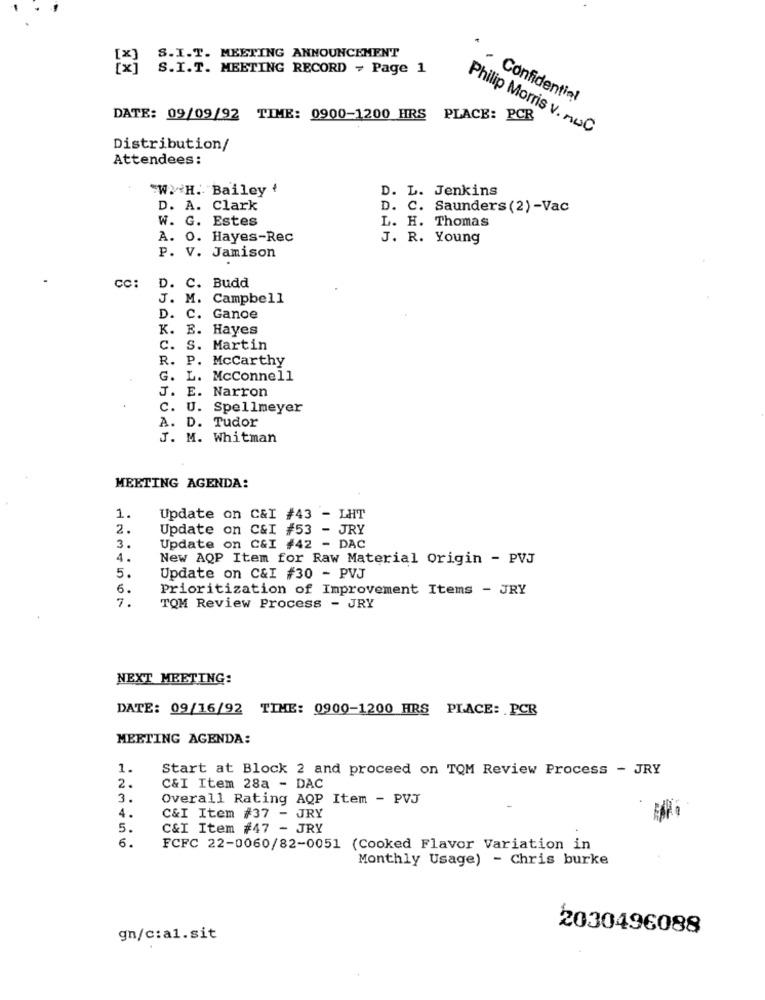
S.I.T. MEETING ANNOUNCEMENT
S.I.T. MEETING RECORD - Page 1
· Confidentiel
DATE: 09/09/92 TIME: 0900-1200 HRS PLACE: PCR
Philip Morris v. muC
Distribution/
Attendees:
"W. H. Bailey {
D. L. Jenkins
D. A. Clark
D. C. Saunders (2)-Vac
W. G. Estes
L. H. Thomas
A. 0. Hayes-Rec
J. R. Young
P. V. Jamison
CC:
D. C. Budd
J. M. Campbell
D. C. Gance
K. E. Hayes
C. S. Martin
R. P. Mccarthy
G.
L. McConnell
J. E. Narron
C. U. Spellmeyer
A. D. Tudor
J. M. Whitman
MEETING AGENDA:
1.
Update on C&I #43 - LHT
2.
Update on C&I #53 - JRY
3.
Update on C&I #42 - DAC
4.
New AQP Item for Raw Material Origin - PVJ
5.
Update on C&I #30 - PVJ
6.
Prioritization of Improvement Items - JRY
7.
TQM Review Process - JRY
NEXT MEETING:
DATE: 09/16/92 TIME: 0900-1200 HRS PLACE: PCR
MEETING AGENDA:
1.
Start at Block 2 and proceed on TOM Review Process - JRY
2.
C&I Item 28a - DAC
3.
Overall Rating AQP Item - PVJ
4.
C&I Item #37 - JRY
5.
C&I Item #47 - JRY
6.
FCFC 22-0060/82-0051 (Cooked Flavor Variation in
Monthly Usage) - Chris burke
2030496088
gn/c:al.sit